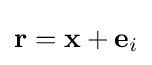
\mathbf {r} =\mathbf {x} +\mathbf {e} _{i}